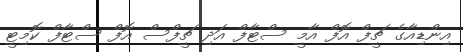
އިންޑިއާގެ ޗީފް އޮފް އާމީ ސްޓާފް އަދި ޗީފްސް އޮފް ސްޓާފް ކޮމިޓީ